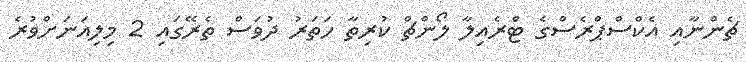
ޗެންނާއި އެކްސްޕްރެސްގެ ޓްރެއިލާ ލޯންޗް ކުރިތާ ހަތަރު ދުވަސް ތެރޭގައި 2 މިލިއަނަށްވުރެ